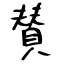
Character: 賛